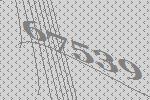
67539